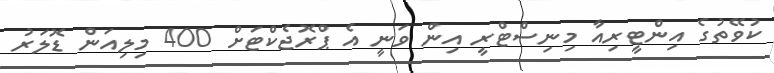
ކުވޭތުގެ އިންޓީރިއާ މިނިސްޓްރީ އިން ވަނީ އެ ޕްރޮޖެކްޓަށް 400 މިލިއަން ޑޮލަރު